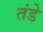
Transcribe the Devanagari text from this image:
तंडे